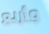
وأربع